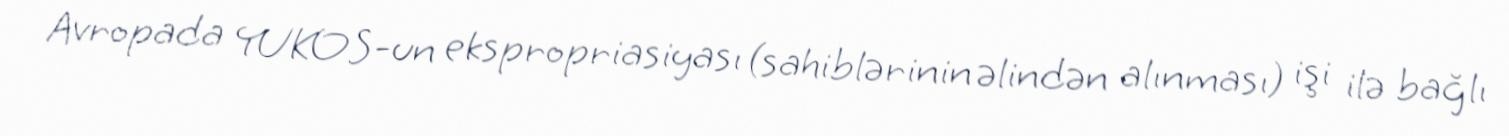
Avropada YUKOS-un ekspropriasiyası (sahiblərinin əlindən alınması) işi ilə bağlı